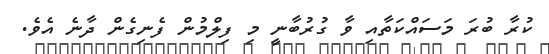
ކުރާ ބުރަ މަސައްކަތާއި ވާ ގުރުބާނީ މި ފިލްމުން ފެނިގެން ދާނެ އެވެ.